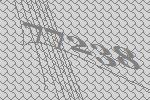
77238